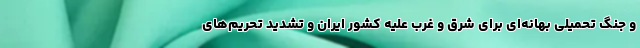
و جنگ تحمیلی بهانه‌ای برای شرق و غرب علیه کشور ایران و تشدید تحریم‌های